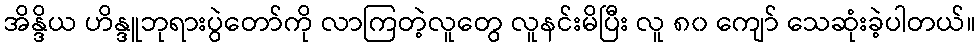
အိန္ဒိယ ဟိန္ဒူဘုရားပွဲတော်ကို လာကြတဲ့လူတွေ လူနင်းမိပြီး လူ ၈၀ ကျော် သေဆုံးခဲ့ပါတယ်။